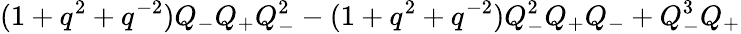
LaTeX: (1+q^{2}+q^{-2})Q_{-}Q_{+}Q_{-}^{2}-(1+q^{2}+q^{-2})Q_{-}^{2}Q_{+}Q_{-}+Q_{-}^{3}Q_{+}